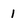
Character: 1